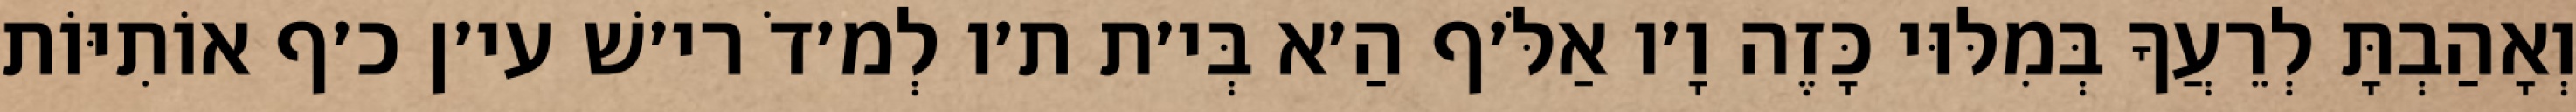
וְאָהַבְתָּ לְרֵעֲךָ בְּמִלּוּי כָּזֶה וָ׳ו אַלֹּ׳ף הַ׳א בְּי׳ת ת׳ו לְמ׳דֹ רי׳שׁ עי׳ן כ׳ף אוֹתִיּוֹת